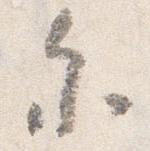
参